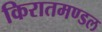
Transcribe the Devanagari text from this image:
किरातमण्डल